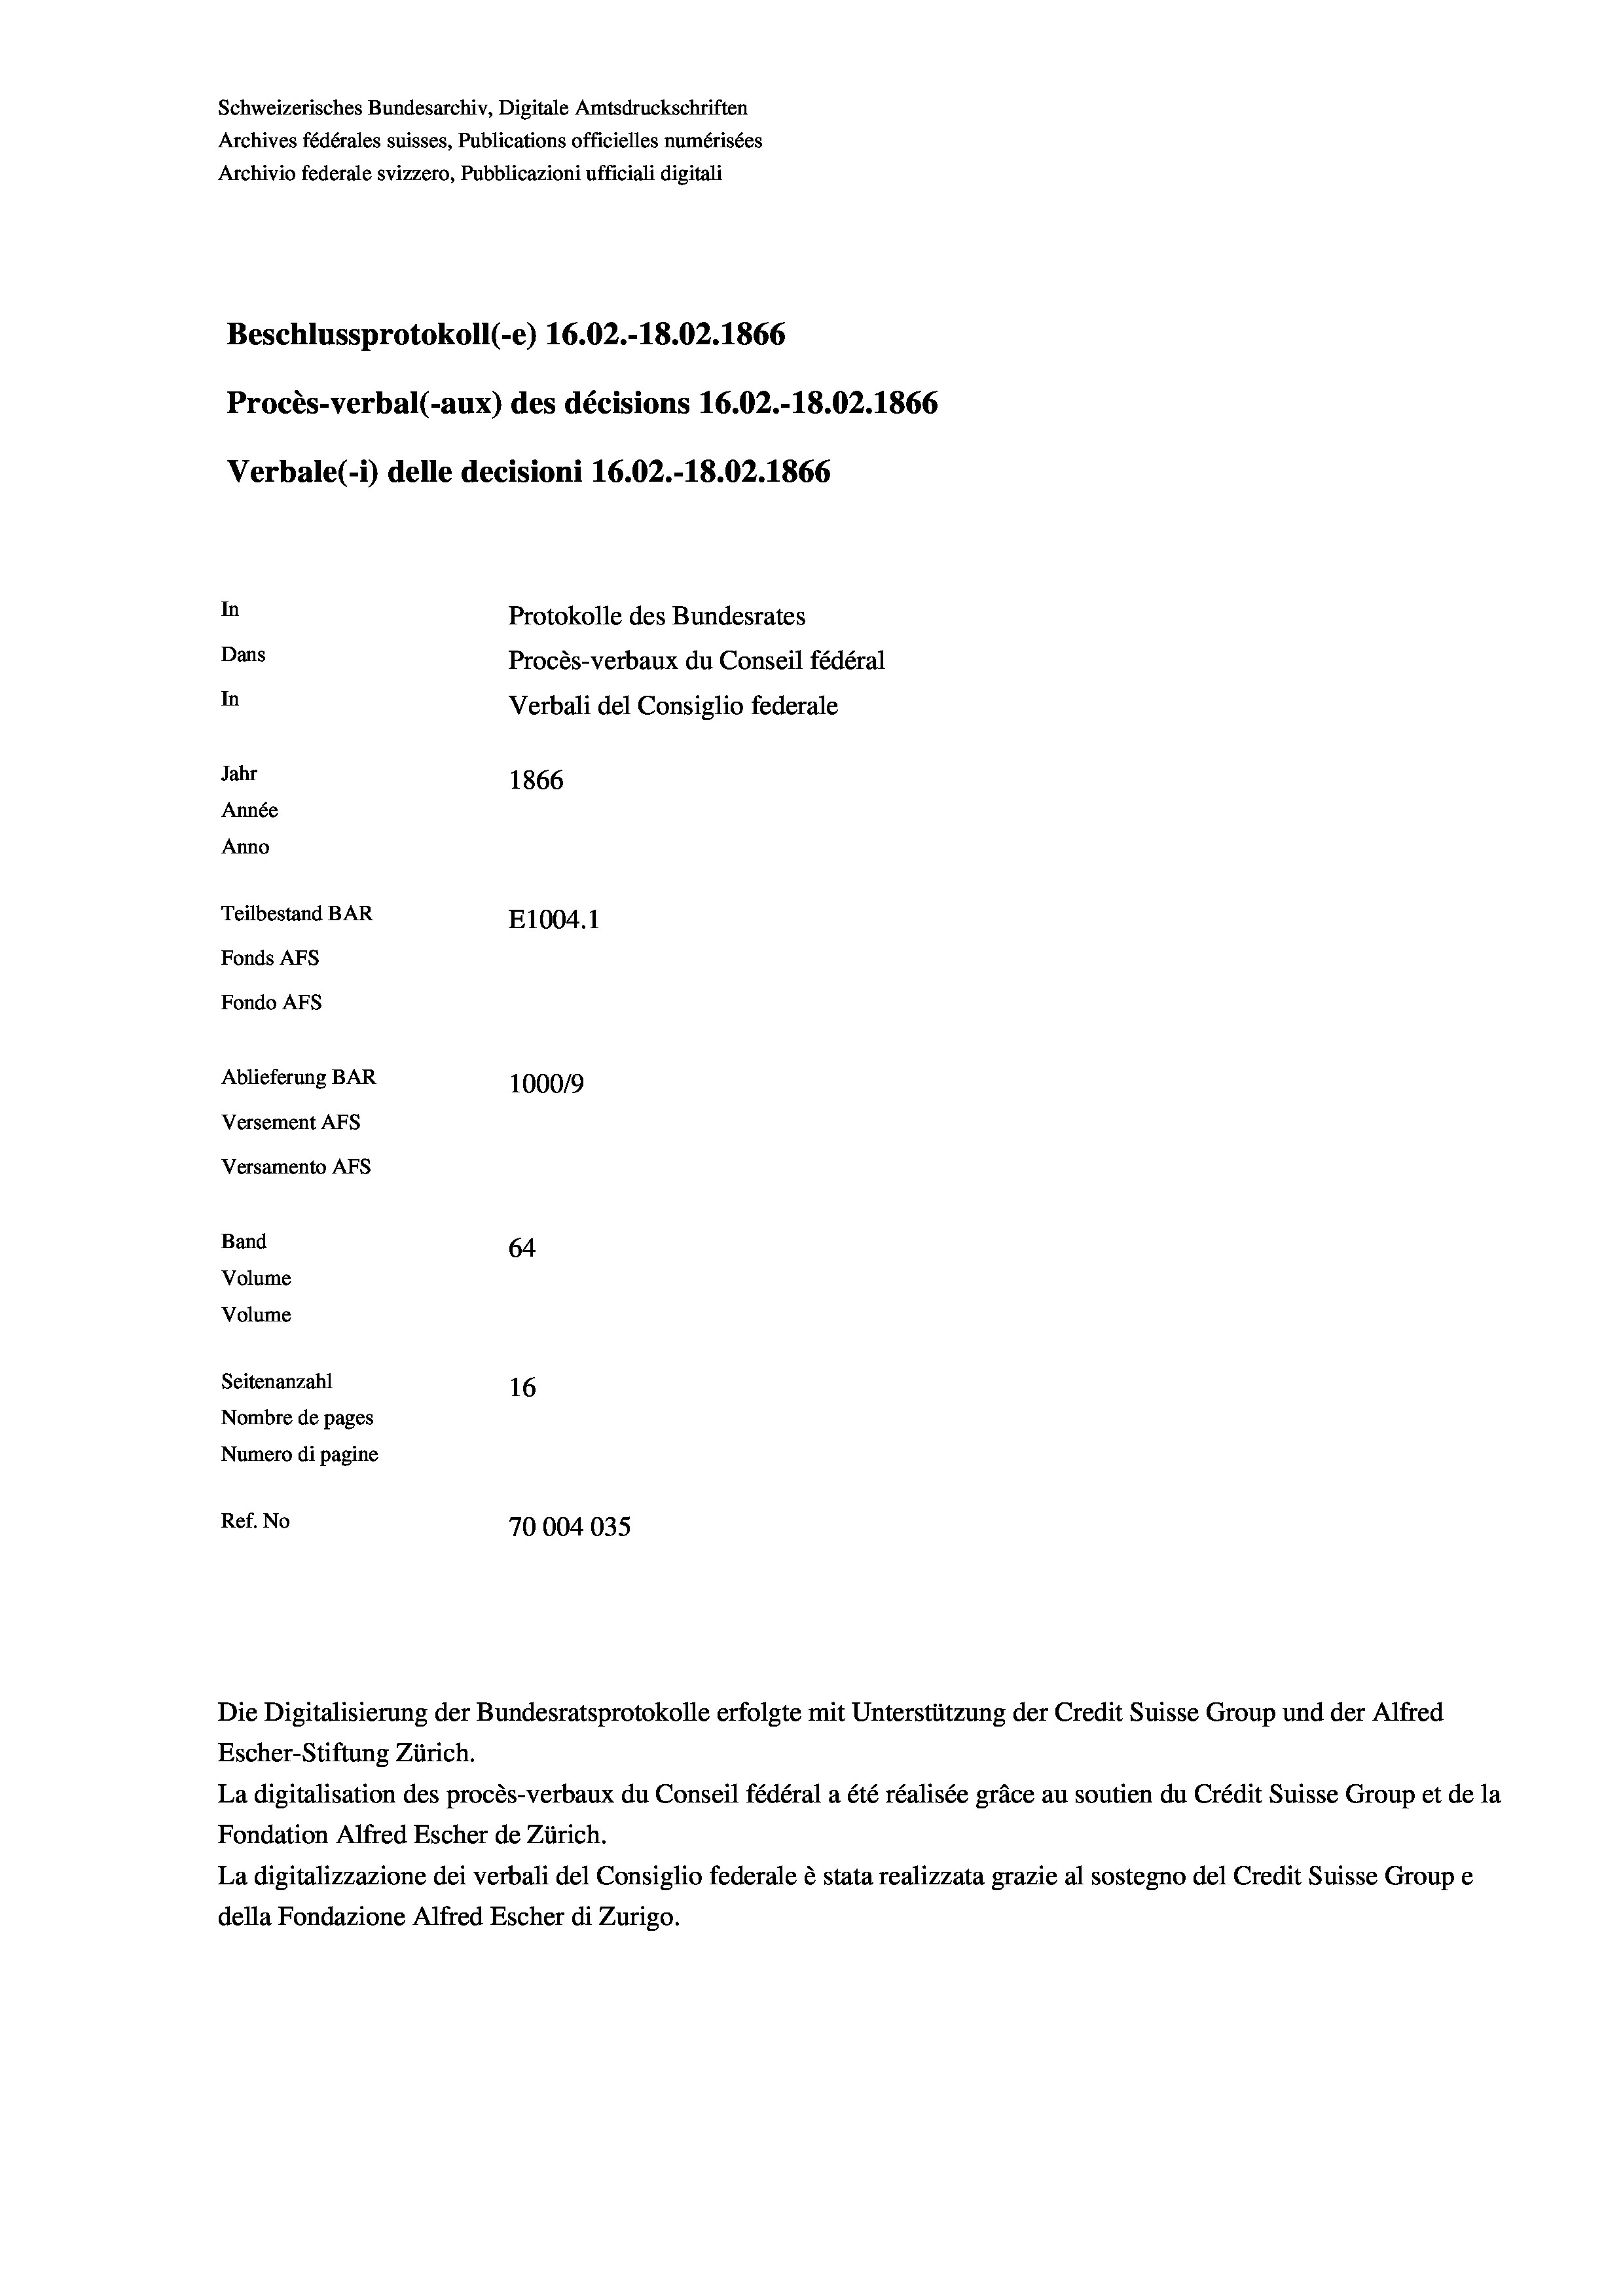
Schweizerisches Bundesarchiv, Digitale Amtsdruckschriften
Archives fédérales suisses, Publications officielles numérisées
Archivio federale svizzero, Pubblicazioni ufficiali digitali
Beschlussprotokoll (-e) 16.02.-18.02. 1866
Procès-verbal (-aux) des décisions 16.02.-18.02. 1866
Verbale (i) delle decisioni 16.02.-18.02. 1866
In
Protokolle des Bundesrates
Dans
Procès-verbaux du Conseil fédéral
In
Verbali del Consiglio federale
Jahr
1866
Année
Anno
Teilbestand BAR
E1004.1
Fonds AFs
Fondo Afs
Ablieferung BAR
10009
Versement Ans
Versamento Afs

Band
Volume
Volume

64
Seitenanzahl
16
Nombre de pages
Numero di pagine
Ref. No
70004035

Escher-Stiftung Zürich.
La digitalisation des procès-verbaux du Conseil fédéral a été réalisée gräce au soutien du Crédit Suisse Group et de la
Fondation Alfred Escher de Zürich.
La digitalizzazione dei verbali del Consiglio federale è stata realizzata grazie al sostegno del Credit Suisse Groupe
della Fondazione Alfred Escher di Zurigo.

Die Digitalisierung der Bundesratsprotokolle erfolgte mit Unterstützung der Credit Suisse Group und der Alfred